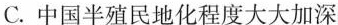
C.中国半殖民地化程度大大加深